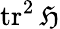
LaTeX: \operatorname{tr}^{2}{\mathfrak{H}}